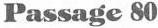
Passage 80